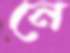
নে